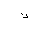
Letter: _kaf